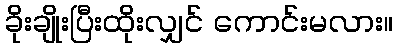
ခိုးချိုးပြီးထိုးလျှင် ကောင်းမလား။